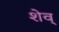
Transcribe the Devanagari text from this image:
शेव्